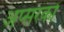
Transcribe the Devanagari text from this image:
अप्सरकों